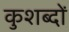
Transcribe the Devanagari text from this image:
कुशब्दों